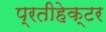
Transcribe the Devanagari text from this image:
प्रतीहेक्टर